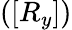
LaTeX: ([R_{y}])